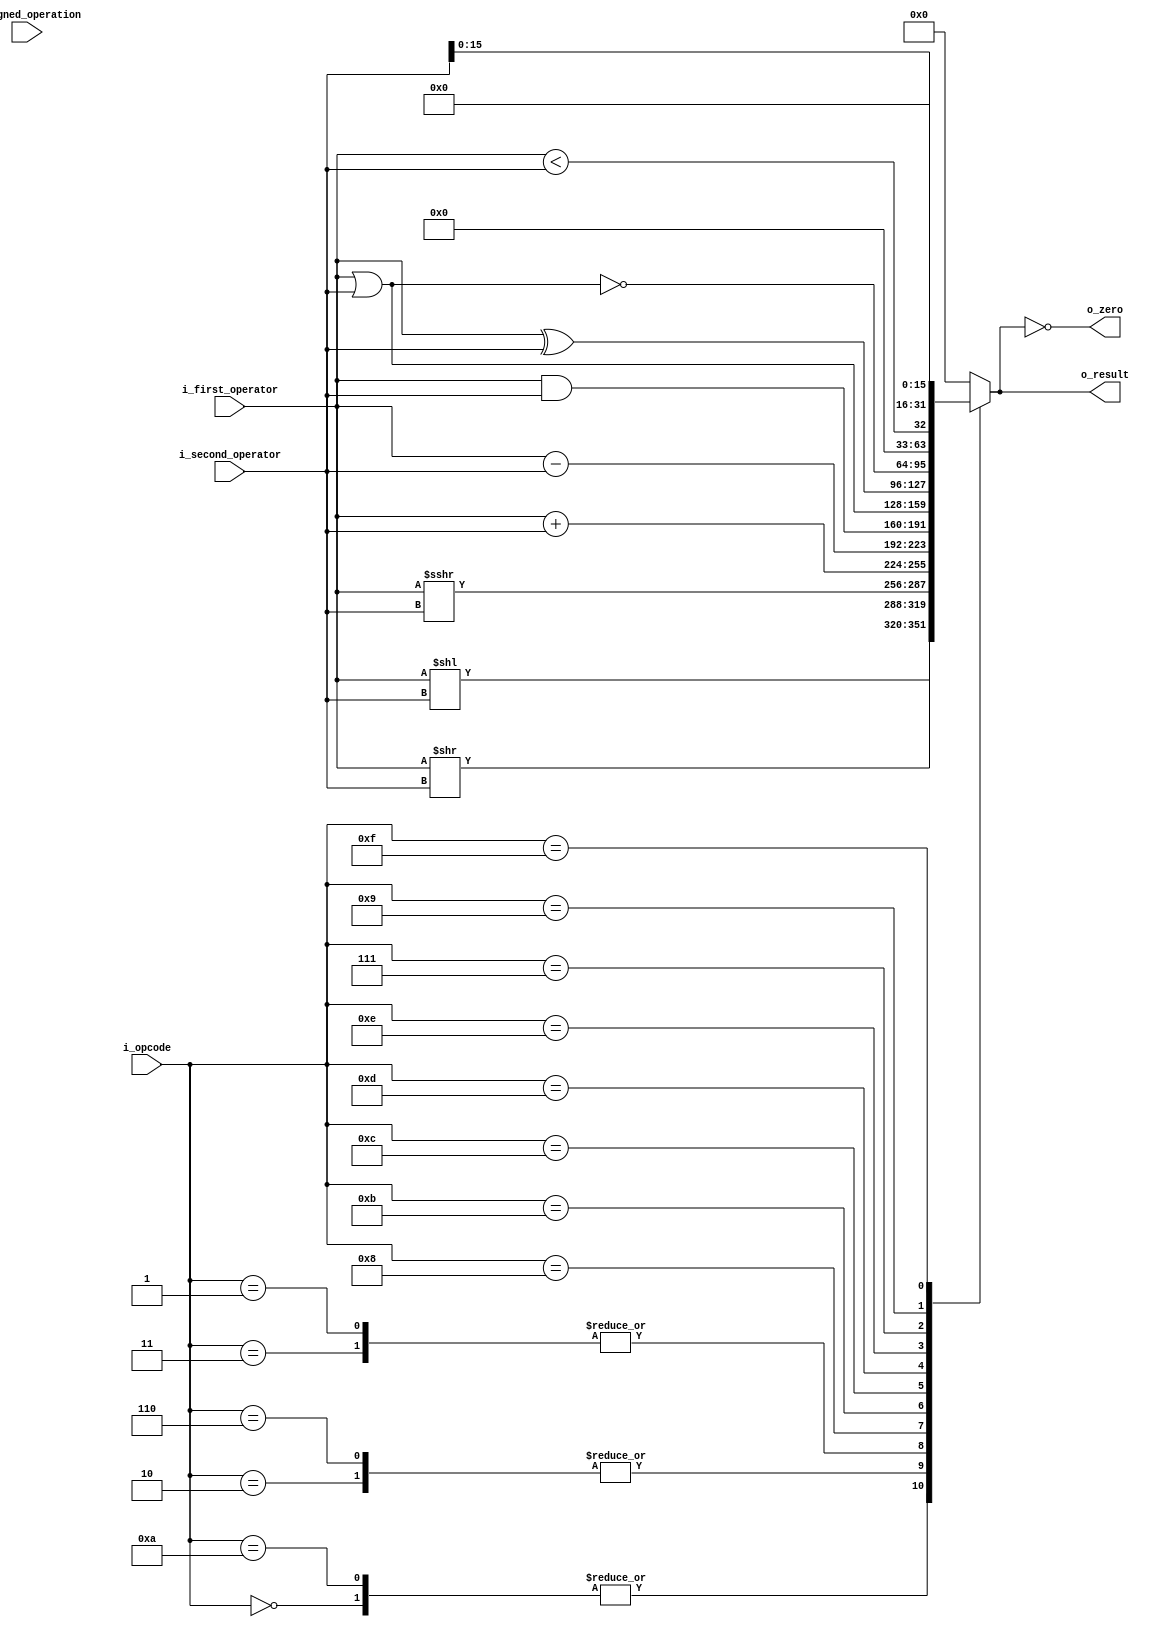
`timescale 1ns/100ps

module alu
#(
    parameter                                           NB_DATA         = 32,
    parameter                                           NB_ALU_OPCODE   = 4    
)
(
    //Outputs
    output wire             [NB_DATA-1          : 0]    o_result            ,
    output wire                                         o_zero              ,

    //Inputs
    input wire              [NB_DATA-1          : 0]    i_first_operator    ,
    input wire              [NB_DATA-1          : 0]    i_second_operator   ,
    input wire              [NB_ALU_OPCODE-1    : 0]    i_opcode            ,
    input wire                                          i_signed_operation
);
    /*                              Localparameters                                 */
    
    localparam                                          ALU_SLL         = 4'b0000;
    localparam                                          ALU_SRL         = 4'b0010;
    localparam                                          ALU_SRA         = 4'b0011;
    localparam                                          ALU_SLLV        = 4'b1010;
    localparam                                          ALU_SRLV        = 4'b0110;
    localparam                                          ALU_SRAV        = 4'b0001;
    localparam                                          ALU_ADD         = 4'b1000;
    localparam                                          ALU_SUB         = 4'b1011;
    localparam                                          ALU_AND         = 4'b1100;
    localparam                                          ALU_OR          = 4'b1101;
    localparam                                          ALU_NOR         = 4'b0111;
    localparam                                          ALU_SLT         = 4'b1001;
    localparam                                          ALU_LUI         = 4'b1111;
    localparam                                          ALU_XOR         = 4'b1110;

    /*                              Internal Signals                                */
    reg                     [NB_DATA-1      : 0]        result;
    reg signed              [NB_DATA-1      : 0]        signed_first_operator;
    reg signed              [NB_DATA-1      : 0]        signed_second_operator;


    /*                              Alu algorithm begins                            */                                           
    always @ * 
    begin

        signed_first_operator                   =           i_first_operator;
        signed_second_operator                  =           i_second_operator;

            case(i_opcode)
                ALU_SLL             :   result  =           i_first_operator        <<      i_second_operator; 
                ALU_SLLV            :   result  =           i_first_operator        <<      i_second_operator; 
                ALU_SRL             :   result  =           i_first_operator        >>      i_second_operator; 
                ALU_SRLV            :   result  =           i_first_operator        >>      i_second_operator; 
                ALU_SRA             :   result  =           i_first_operator        >>>     i_second_operator;
                ALU_SRAV            :   result  =           i_first_operator        >>>     i_second_operator;
                ALU_ADD             :   result  =           (i_signed_operation)    ?       (signed_first_operator  + signed_second_operator) 
                                                                                    :       (i_first_operator       + i_second_operator);
                ALU_SUB             :   result  =           (i_signed_operation)    ?       (signed_first_operator  - signed_second_operator) 
                                                                                    :       (i_first_operator       - i_second_operator);
                ALU_AND             :   result  =           i_first_operator        &       i_second_operator;
                ALU_OR              :   result  =           i_first_operator        |       i_second_operator;
                ALU_XOR             :   result  =           i_first_operator        ^       i_second_operator;
                ALU_NOR             :   result  =           ~(i_first_operator      |       i_second_operator);
                //ALU_SLT             :   result  = {31'b0,   {(signed_first_operator <       signed_second_operator)}};
                ALU_SLT             :   result  = {31'b0,   {(i_first_operator <       i_second_operator)}};
                ALU_LUI             :   result  = {i_second_operator[(NB_DATA/2)-1 -: NB_DATA/2], {NB_DATA/2{1'b0}}};
                
                default             :   result  = {NB_DATA{1'b0}};
            
            endcase
    end

    //Module outputs
    assign      o_result                = result;
    assign      o_zero                  = (result == 32'b0);

endmodule